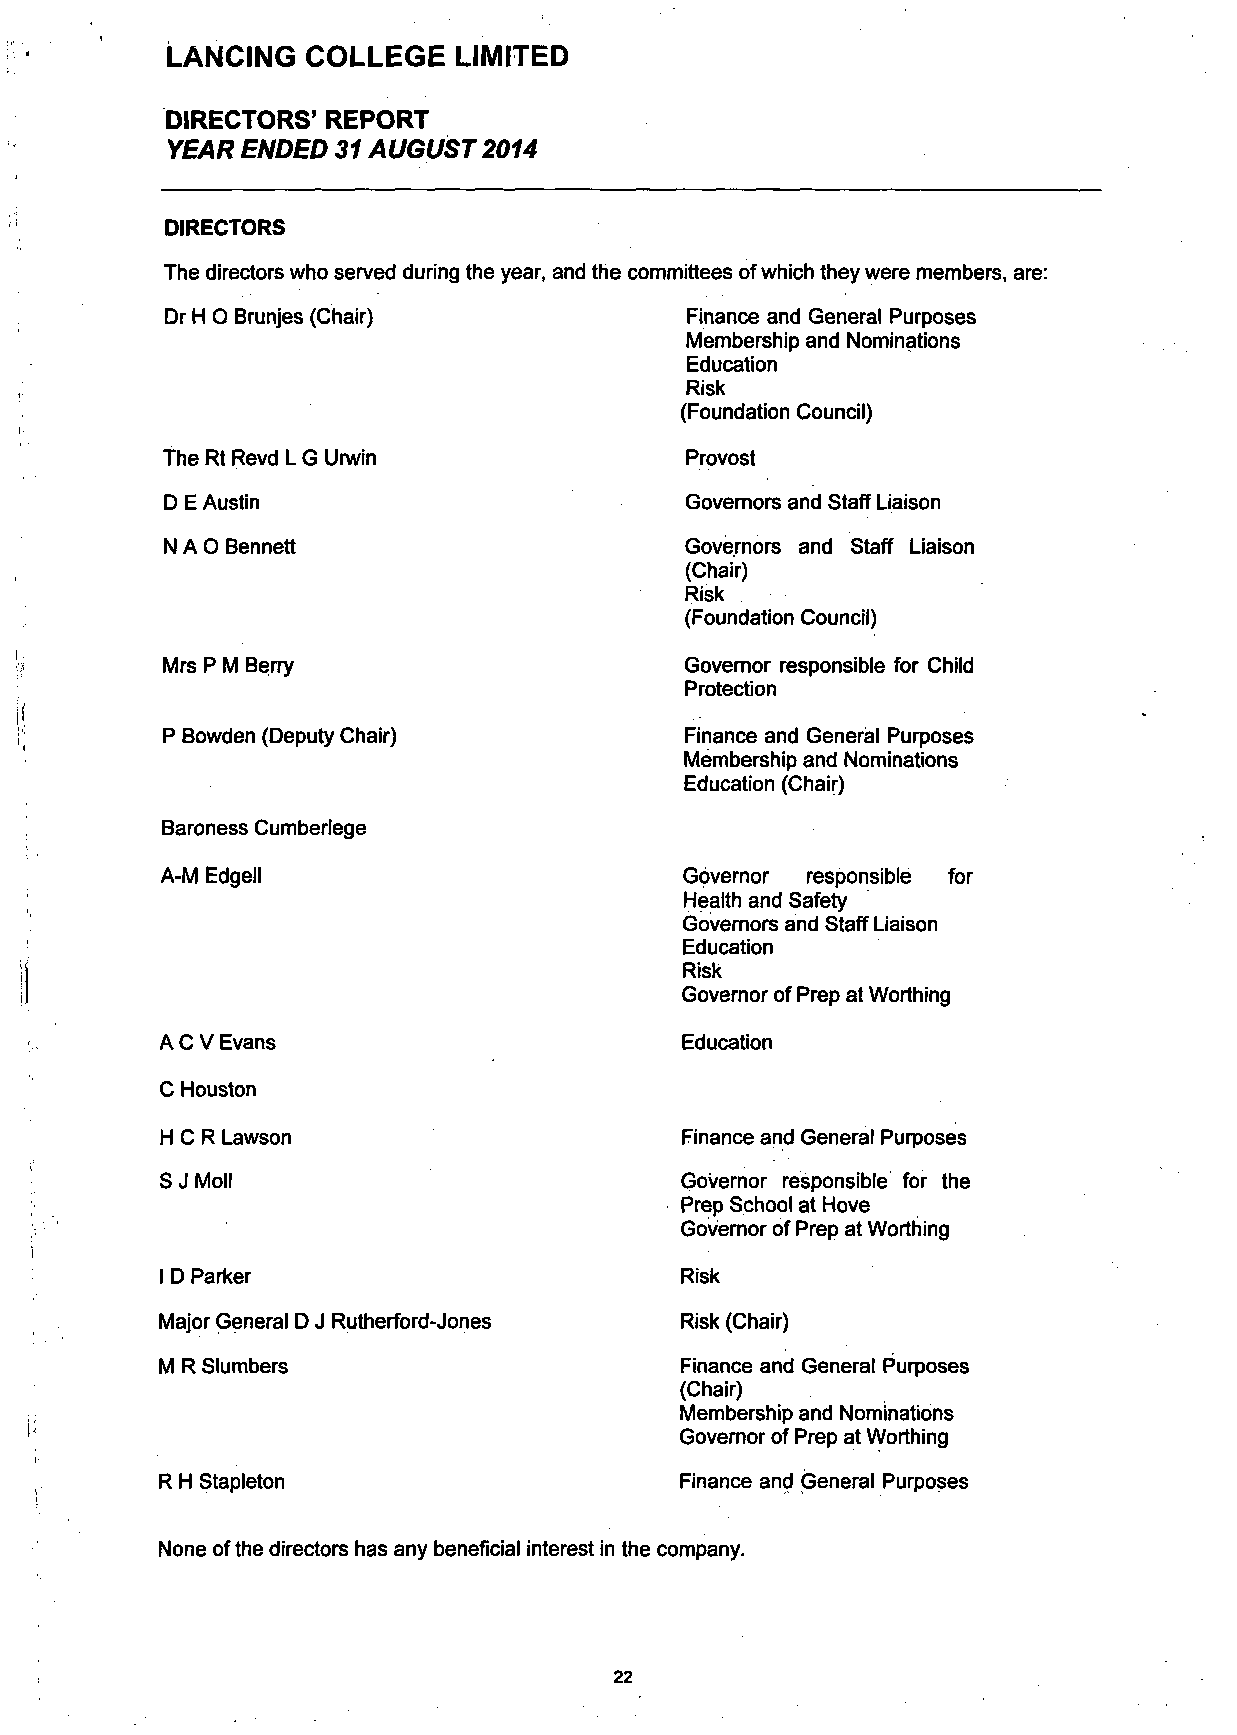
LANCING  COLLEGE   LIMITED
 DIRECTORS' REPORT
 YEAR  ENDED 31 AUGUST 2014
 DIRECTORS
 The directors who served during the year, and committees of which they were members, are:
 Dr H O Brunjes (Chair)            Finance and General Purposes
 Membership and Nominations
 Education
 Risk
 (Foundation Council)
 The Rt Revd L G Urwin
 Provost
 D E Austin                        Governors and Staff Liaison
 N A O Bennett                     Governors and Staff Liaison
 (Chair)
 Risk
 (Foundation Council)
 Mrs P M Berry                     Governor responsible for Child
 Protection
 P Bowden (Deputy Chair)           Finance and General Purposes
 Membership and Nominations
 Education (Chair)
 Baroness Cumberlege
 A-M Edgell                        Governor responsible for
 Health and Safety
 Governors and Staff Liaison
 Education
 Risk
 Governor of Prep at Worthing
 A C V Evans
 Education
 C Houston
 H C R Lawson                      Finance and General Purposes
 S J Moll                          Governor responsible for the
 Prep School at Hove
 Governor of Prep at Worthing
 I D Parker                        Risk
 Major General D J Rutherford-Jones Risk (Chair)
 M R Slumbers                       Finance and General Purposes
 (Chair)
 Membership and Nominations
 Governor of Prep at Worthing
 R H Stapleton                      Finance and General Purposes
 None of the directors has any beneficial interest in the company.
 22